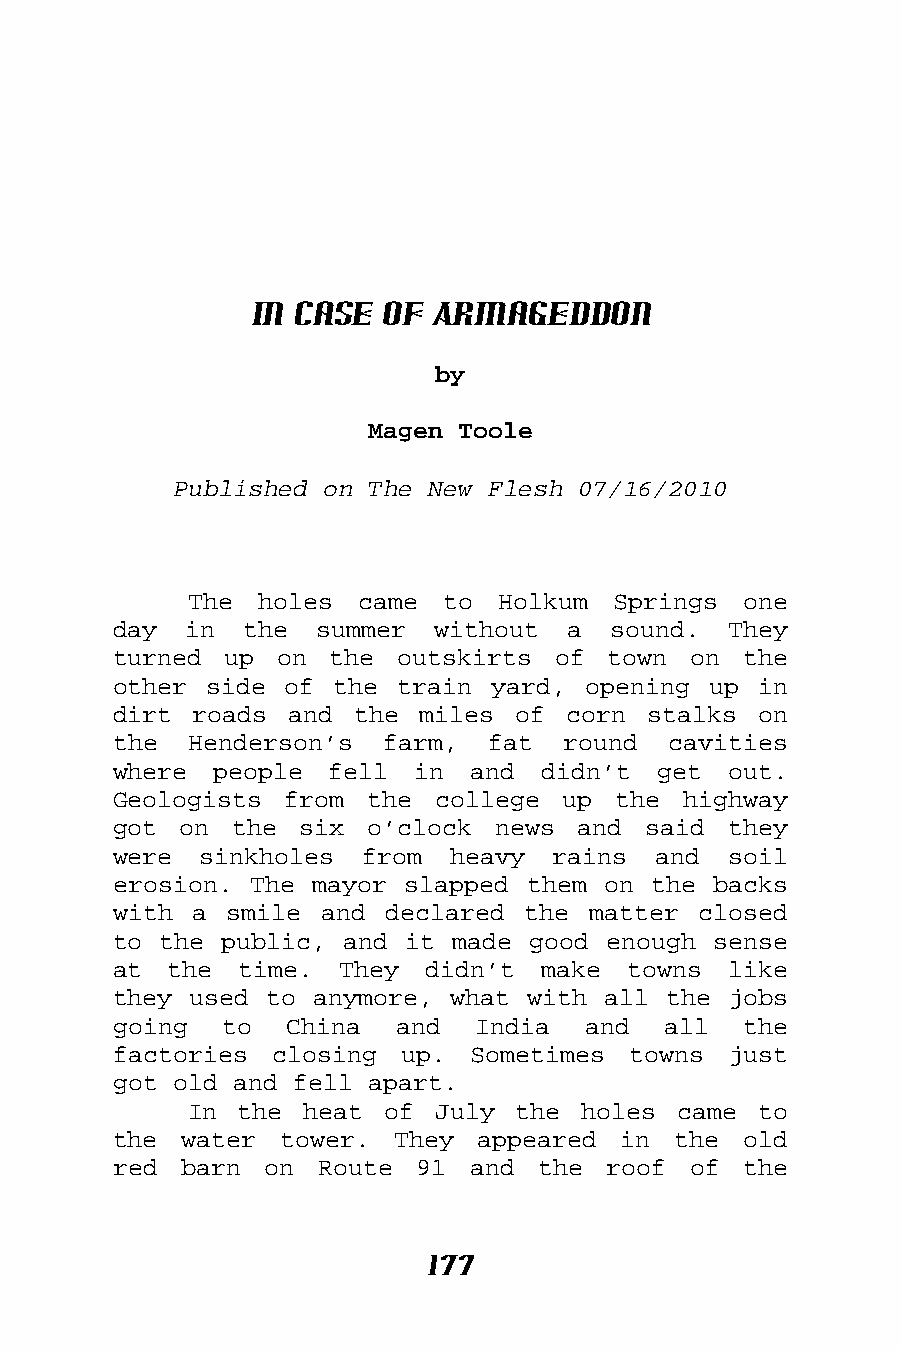
In Case  of Armageddon
 by
 Magen Toole
 Published on The New Flesh 07/16/2010
 The holes  came  to Holkum  Springs  one
 day  in  the summer  without  a  sound.  They
 turned up  on the  outskirts of  town on  the
 other side of  the train yard, opening up  in
 dirt roads  and the miles  of corn stalks  on
 the  Henderson’s  farm,  fat  round  cavities
 where  people fell  in  and didn’t  get  out.
 Geologists from  the college  up the  highway
 got on  the six  o’clock news  and said  they
 were  sinkholes from  heavy  rains  and  soil
 erosion. The mayor slapped them on the  backs
 with a smile  and declared the matter  closed
 to the public, and it made good  enough sense
 at  the time.  They  didn’t make  towns  like
 they used to anymore, what with all the  jobs
 going  to  China   and  India  and  all   the
 factories closing  up. Sometimes  towns  just
 got old and fell apart.
 In the  heat of July  the holes came  to
 the water  tower. They  appeared in  the  old
 red barn  on Route  91 and  the  roof of  the
 177